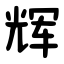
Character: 辉